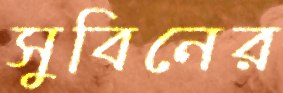
সুবিনের